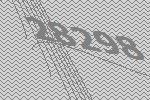
28298